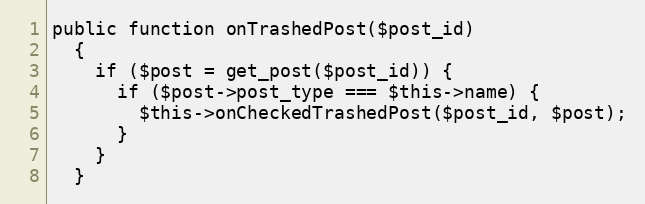
Language: PHP
public function onTrashedPost($post_id)
  {
    if ($post = get_post($post_id)) {
      if ($post->post_type === $this->name) {
        $this->onCheckedTrashedPost($post_id, $post);
      }
    }
  }